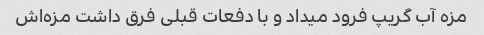
مزه آب گریپ فرود میداد و با دفعات قبلی فرق داشت مزه‌اش